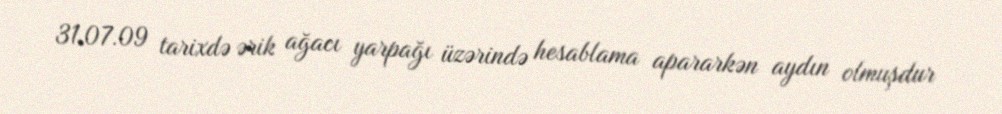
31.07.09 tarixdə ərik ağacı yarpağı üzərində hesablama apararkən aydın olmuşdur